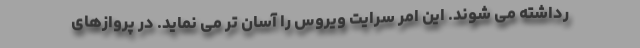
رداشته می شوند. این امر سرایت ویروس را آسان تر می نماید. در پروازهای